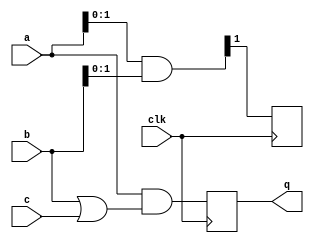
/**
    20,25
*/

module dut (input wire [3:0] a,
    input wire [3:0] b,
    input wire [3:0] c,
    input clk,
    output reg [3:0] q); 
    reg [3:0] aa;
    reg [3:0] r; 
    reg [3:0] d; 

    always @(a,b,c) begin
        d = a & (b|c); 
        r = a & b;
    end
       
    always @(d) begin
        aa[1:0] = d[1:0];
    end 

    always @(posedge clk) begin
        q <= d;    
        aa[3:1] = r[3:1];
    end
endmodule